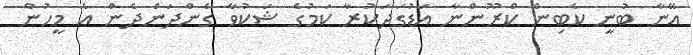
އޭނާ ބުނީ ކެބިން ކްރޫންނާ އަޑުގަދަކުރާ ކަމުގެ ޝަކުވާ ގެންދަންދެން އެ މީހުން